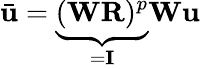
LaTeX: \bar{\mathbf{u}}=\underbrace{(\mathbf{W}\mathbf{R})^{p}}_{=\mathbf{I}}\mathbf{W}\mathbf{u}